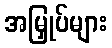
အမြှုပ်များ